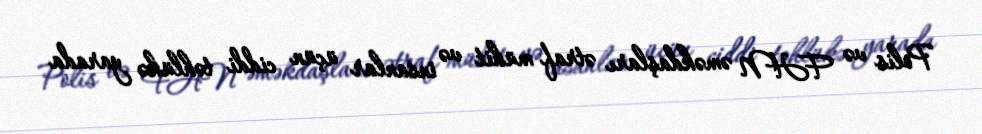
Polis və FHN əməkdaşları ətraf mühit və insanlar üçün ciddi təhlükə yarada